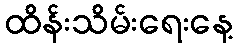
ထိန်းသိမ်းရေးနေ့